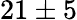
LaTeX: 21\pm 5